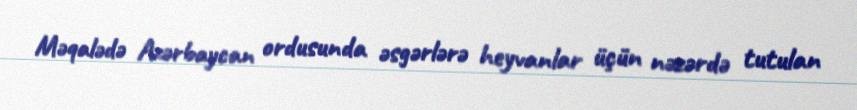
Məqalədə Azərbaycan ordusunda əsgərlərə heyvanlar üçün nəzərdə tutulan